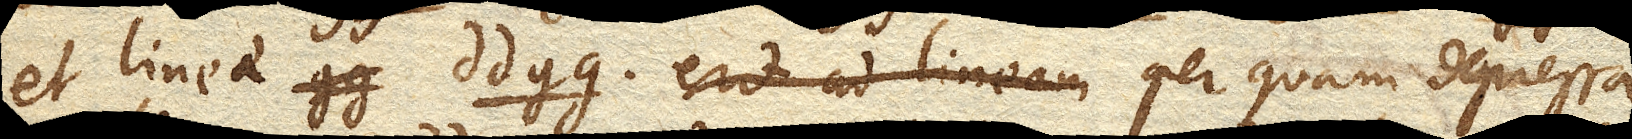
et lineae dd gg. per quam depressa